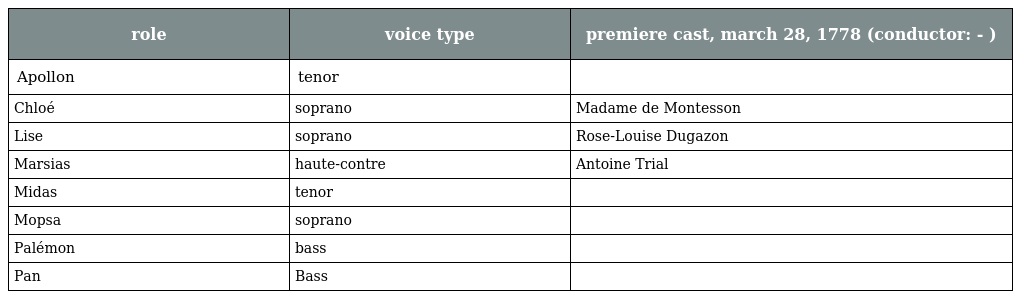
| role | voice type | premiere cast, march 28, 1778 (conductor: - ) |
 | --- | --- | --- |
 | Apollon | tenor |  |
 | Chloé | soprano | Madame de Montesson |
 | Lise | soprano | Rose-Louise Dugazon |
 | Marsias | haute-contre | Antoine Trial |
 | Midas | tenor |  |
 | Mopsa | soprano |  |
 | Palémon | bass |  |
 | Pan | Bass |  |